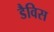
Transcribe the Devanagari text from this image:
डैविस